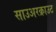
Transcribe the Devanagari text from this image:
साउअरक्राउट